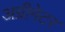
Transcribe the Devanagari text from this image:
अग्रीगेटर